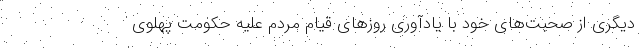
دیگری از صحبت‌های خود با یادآوری روزهای قیام مردم علیه حکومت پهلوی